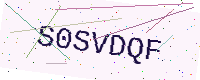
Text: S0SVDQF